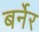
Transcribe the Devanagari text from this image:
बर्नेर